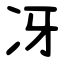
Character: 冴